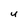
Character: U